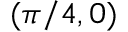
( \pi / 4 , 0 )